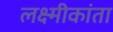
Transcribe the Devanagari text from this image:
लक्ष्मीकांता